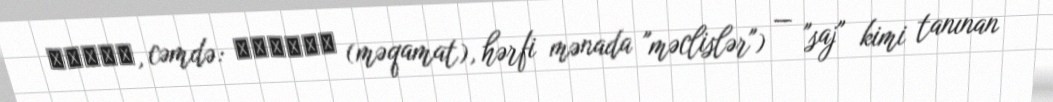
مقامة, cəmdə: مقامات (məqamat), hərfi mənada "məclislər") — "saj" kimi tanınan